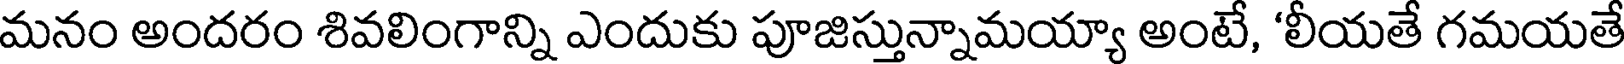
మనం అందరం శివలింగాన్ని ఎందుకు పూజిస్తున్నామయ్యా అంటే, 'లీయతే గమయతే